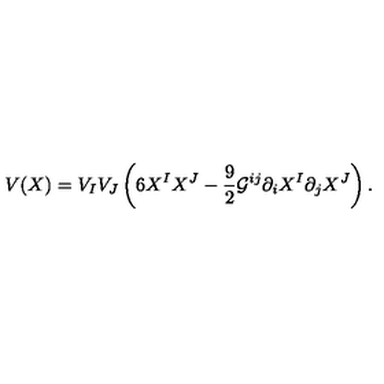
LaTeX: V ( X ) = V _ { I } V _ { J } \left( 6 X ^ { I } X ^ { J } - \frac { 9 } { 2 } \mathcal { G } ^ { i j } \partial _ { i } X ^ { I } \partial _ { j } X ^ { J } \right) .